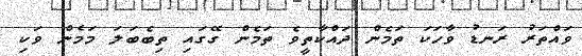
ވައްތަރު ރަނޑު ވާހަކަ ތަމެން ދައްކާތީވެ ތަމެން ގޭގައި ތިބެބަލަ މަމެން ވަކި